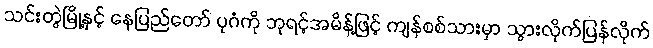
သင်းတွဲမြို့နှင့် နေပြည်တော် ပုဂံကို ဘုရင့်အမိန့်ဖြင့် ကျန်စစ်သားမှာ သွားလိုက်ပြန်လိုက်